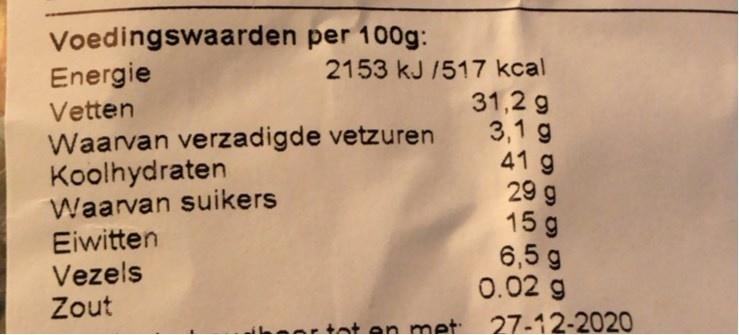
Voedingswaarden per 100g: Energie
2153 kJ /517 kcal
Vetten Waarvan verzadigde vetzuren Koolhydraten Waarvan suikers Eiwitten Vezels Zout
31,2 g 3,1 g 41 g 29 g 15 g 6,5 g 0.02 g
tat en met 27-12-2020